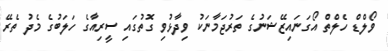
ވޯލްޑް ހެލްތް އޯގަނައިޒޭޝަނުގެ ތަރުޖަމާނަކު ވިދާޅުވި ގޮތުގައި ސީރިއާގެ ހަލަބުގެ މެދު ތެރޭ